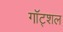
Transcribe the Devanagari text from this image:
गॉट्शल